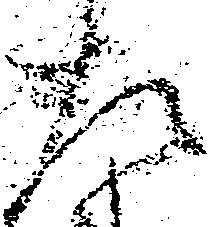
左